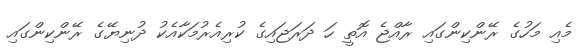
މެއި މަހުގެ ރޭންކިންގައި ރާއްޖެ އޮތީ ހަ ދަރަޖައިގެ ކުރިއެރުމަކާއެކު ދުނިޔޭގެ ރޭންކިންގައި